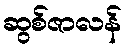
ဆွစ်ဇာလန်